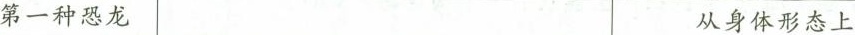
第一种恐龙 从身体形态上